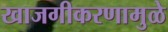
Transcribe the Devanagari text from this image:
खाजगीकरणामुळे